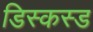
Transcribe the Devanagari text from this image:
डिस्कस्ड